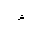
Letter: _hamza